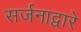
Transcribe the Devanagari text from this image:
सर्जनाद्वारे